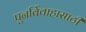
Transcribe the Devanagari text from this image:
पुनर्विवाहासाठी